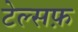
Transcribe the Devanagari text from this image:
टेल्सफ़